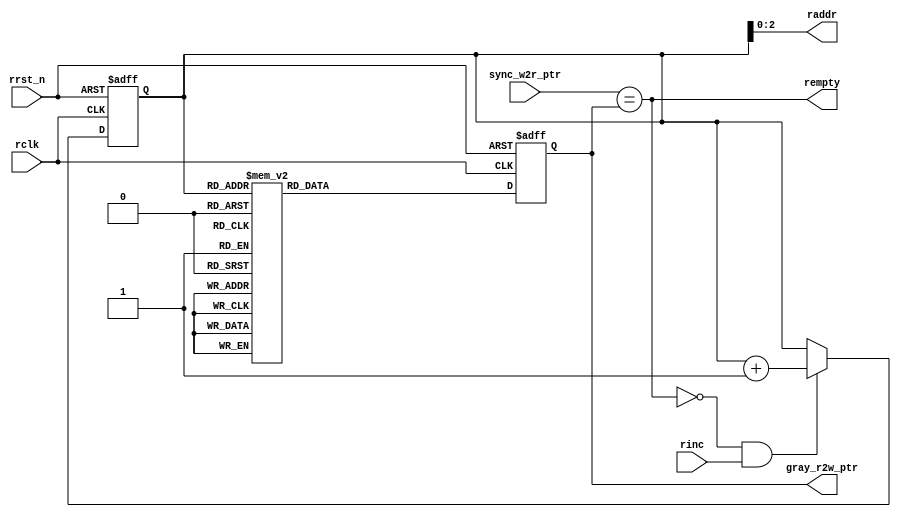
module FIFO_RD #(parameter Pointer_Size = 4 ) 
(
input wire rinc,
input wire rclk,
input wire rrst_n,

input  wire [Pointer_Size-1:0] sync_w2r_ptr,

output reg  [Pointer_Size-1:0] gray_r2w_ptr,
output wire [Pointer_Size-2:0] raddr,
output wire rempty

);


reg [Pointer_Size-1:0] rptr ;
always@(posedge rclk or negedge rrst_n)
 begin
	if(!rrst_n)
	 begin
		rptr <= 'b0;
	 end
	else if (!rempty && rinc)
	 begin
		rptr <= rptr + 1 ;
	 end
 end
 
 
assign raddr = rptr [Pointer_Size-2:0] ;
 
 
 always@(posedge rclk or negedge rrst_n)
 begin
	if(!rrst_n)
	 begin
		gray_r2w_ptr <= 'b0;
	 end
	else 
	 begin
		case (rptr)
		4'b0000 : gray_r2w_ptr <= 4'b0000;
		4'b0001 : gray_r2w_ptr <= 4'b0001;
		4'b0010 : gray_r2w_ptr <= 4'b0011;
		4'b0011 : gray_r2w_ptr <= 4'b0010;
		4'b0100 : gray_r2w_ptr <= 4'b0110;
		4'b0101 : gray_r2w_ptr <= 4'b0111;
		4'b0110 : gray_r2w_ptr <= 4'b0101;
		4'b0111 : gray_r2w_ptr <= 4'b0100;
		4'b1000 : gray_r2w_ptr <= 4'b1100;
		4'b1001 : gray_r2w_ptr <= 4'b1101;
		4'b1010 : gray_r2w_ptr <= 4'b1111;
		4'b1011 : gray_r2w_ptr <= 4'b1110;
		4'b1100 : gray_r2w_ptr <= 4'b1010;
		4'b1101 : gray_r2w_ptr <= 4'b1011;
		4'b1110 : gray_r2w_ptr <= 4'b1001;
		4'b1111 : gray_r2w_ptr <= 4'b1000;
		endcase
	 end
 end
 
 
 
assign rempty = (sync_w2r_ptr  ==  gray_r2w_ptr ) ;

endmodule